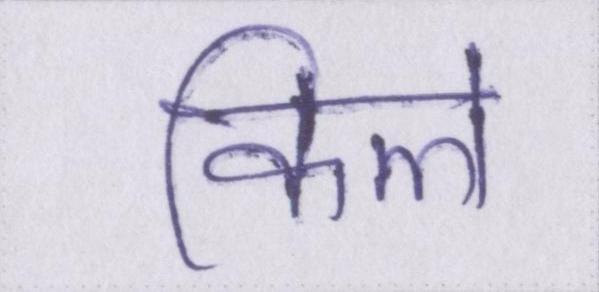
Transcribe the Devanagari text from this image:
किले